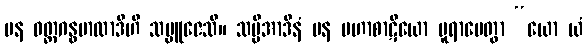
ပန ဝတ္ထဂန္ဓမာလာဒီဟိ သမ္ပူဇေသိ။ သပ္ပိအာဒီနံ ပန မဟာစာဋိယော ပူရာပေတွာ “ယော ယံ